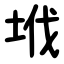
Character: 㘺